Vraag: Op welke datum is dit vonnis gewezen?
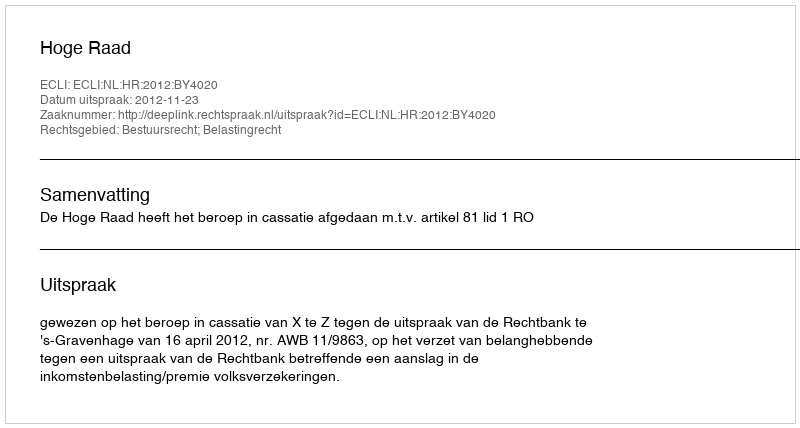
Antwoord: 2012-11-23